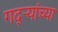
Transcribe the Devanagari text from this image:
गद्र्‍यांच्या